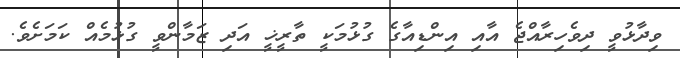
ވިދާޅުވީ ދިވެހިރާއްޖެ އާއި އިންޑިއާގެ ގުޅުމަކީ ތާރީޚީ އަދި ޒަމާންވީ ގުޅުމެއް ކަމަށެވެ.